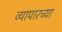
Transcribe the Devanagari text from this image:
व्यापारच्या